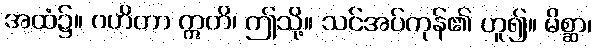
အထံ၌။ ဂဟိတာ ဣတိ၊ ဤသို့။ သင်အပ်ကုန်၏ ဟူ၍။ မိစ္ဆာ၊